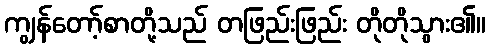
ကျွန်တော့်စာတို့သည် တဖြည်းဖြည်း တိုတိုသွား၏။